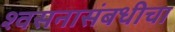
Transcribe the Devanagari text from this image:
श्वसनासंबधीचा